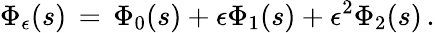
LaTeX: \Phi_{\epsilon}(s)\, =\, \Phi_{0}(s)+\epsilon\Phi_{1}(s)+\epsilon^{2}\Phi_{2}(s)\, .